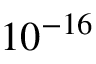
1 0 ^ { - 1 6 }